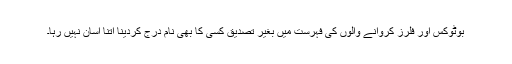
بوٹوکس اور فلرز کروانے والوں کی فہرست میں بغیر تصدیق کسی کا بھی نام درج کردینا اتنا آسان نہیں رہا۔